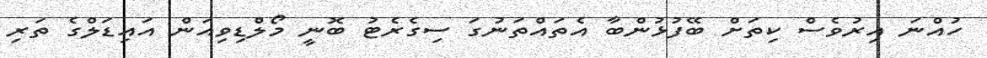
ހުއްނަ އިރުވެސް ކިތަށް ބޭފުޅުންބާ އެތައްތަނުގަ ސިގެރެޓު ބޮނީ މޯލްޑިވިއަން އައިޑަލްގެ ތަރި